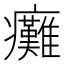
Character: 癱